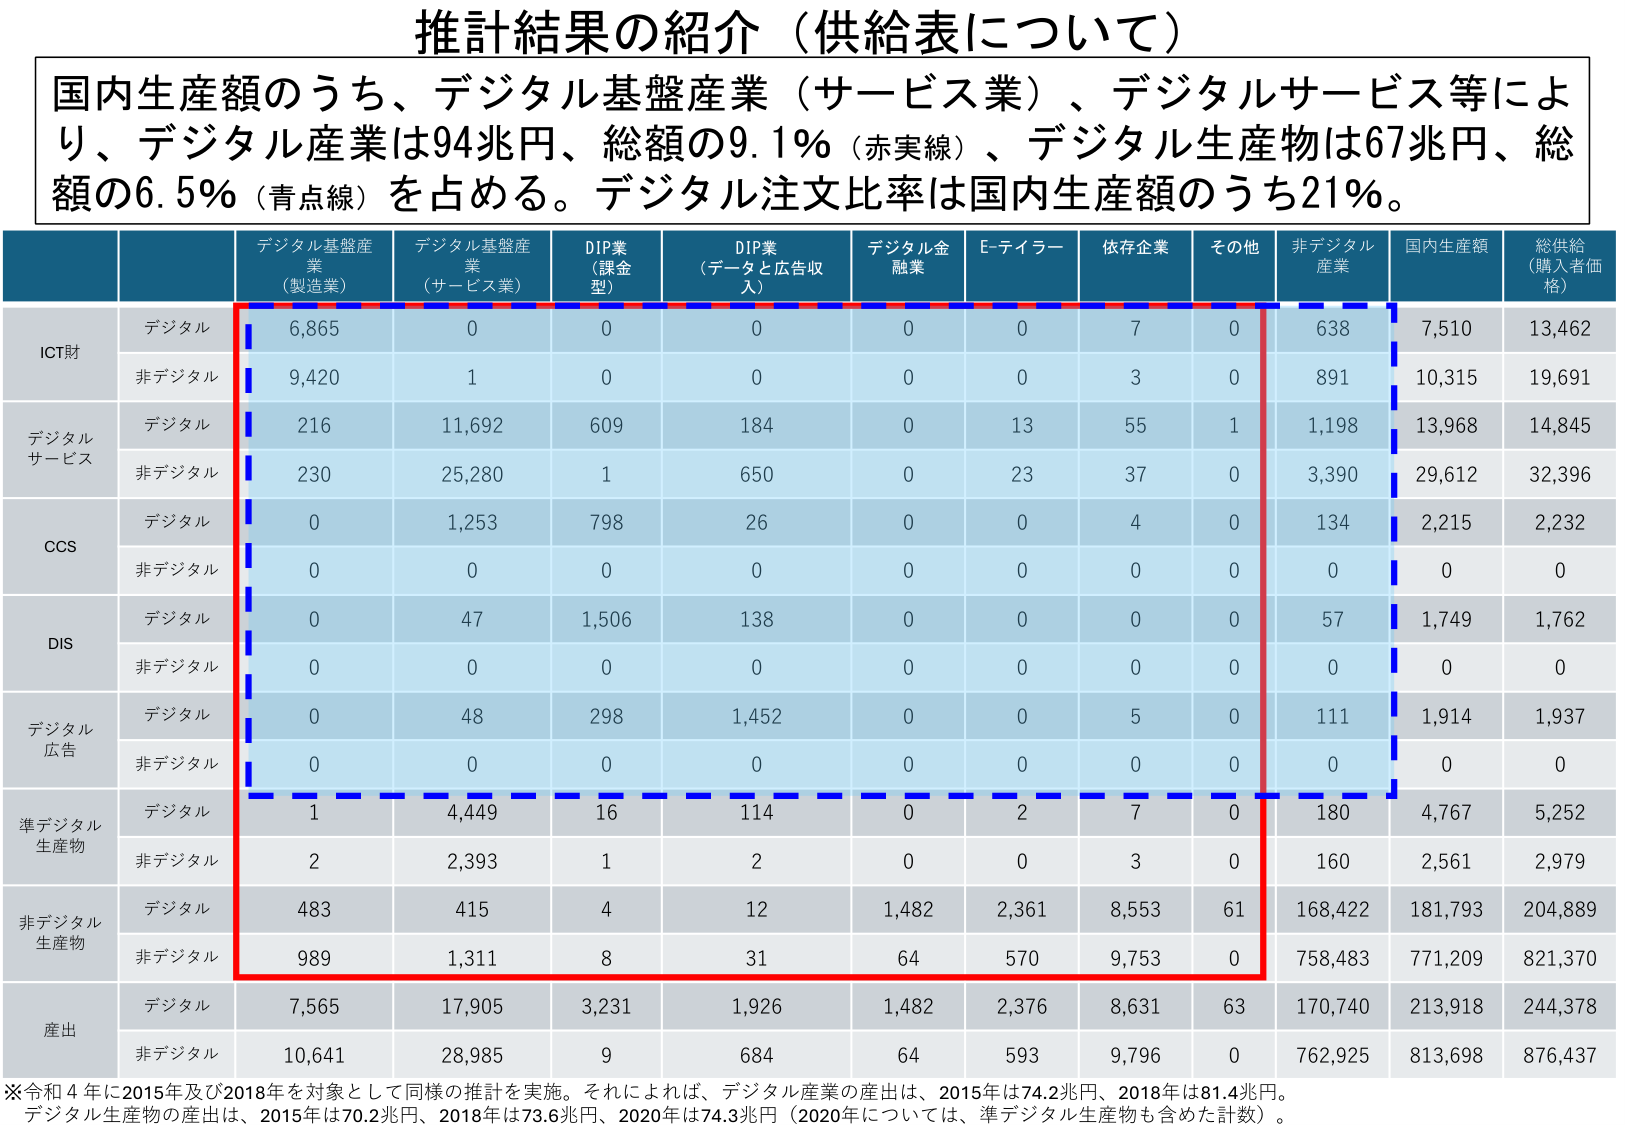
推計結果の紹介（供給表について）

国内生産額のうち、デジタル基盤産業（サービス業）、デジタルサービス等により、デジタル産業は94兆円、総額の9.1％（赤実線）、デジタル生産物は67兆円、総額の6.5％（青点線）を占める。デジタル注文比率は国内生産額のうち21％。

デジタル基盤産業（製造業）　デジタル基盤産業（サービス業）　DIP業（課金型）　DIP業（データと広告収入）　デジタル金融業　E-テイラー　依存企業　その他　非デジタル産業　国内生産額　総供給（購入者価格）

ICT財
　デジタル　6,865　0　0　0　0　0　7　0　638　7,510　13,462
　非デジタル　9,420　1　0　0　0　0　3　0　891　10,315　19,691

デジタルサービス
　デジタル　216　11,692　609　184　0　13　55　1　1,198　13,968　14,845
　非デジタル　230　25,280　1　650　0　23　37　0　3,390　29,612　32,396

CCS
　デジタル　0　1,253　798　26　0　0　4　0　134　2,215　2,232
　非デジタル　0　0　0　0　0　0　0　0　0　0　0

DIS
　デジタル　0　47　1,506　138　0　0　0　0　57　1,749　1,762
　非デジタル　0　0　0　0　0　0　0　0　0　0　0

デジタル広告
　デジタル　0　48　298　1,452　0　0　5　0　111　1,914　1,937
　非デジタル　0　0　0　0　0　0　0　0　0　0　0

準デジタル生産物
　デジタル　1　4,449　16　114　0　2　7　0　180　4,767　5,252
　非デジタル　2　2,393　1　2　0　0　3　0　160　2,561　2,979

非デジタル生産物
　デジタル　483　415　4　12　1,482　2,361　8,553　61　168,422　181,793　204,889
　非デジタル　989　1,311　8　31　64　570　9,753　0　758,483　771,209　821,370

産出
　デジタル　7,565　17,905　3,231　1,926　1,482　2,376　8,631　63　170,740　213,918　244,378
　非デジタル　10,641　28,985　9　684　64　593　9,796　0　762,925　813,698　876,437

※令和4年に2015年及び2018年を対象として同様の推計を実施。それによれば、デジタル産業の産出は、2015年は74.2兆円、2018年は81.4兆円。デジタル生産物の産出は、2015年は70.2兆円、2018年は73.6兆円、2020年は74.3兆円（2020年については、準デジタル生産物も含めた計数）。